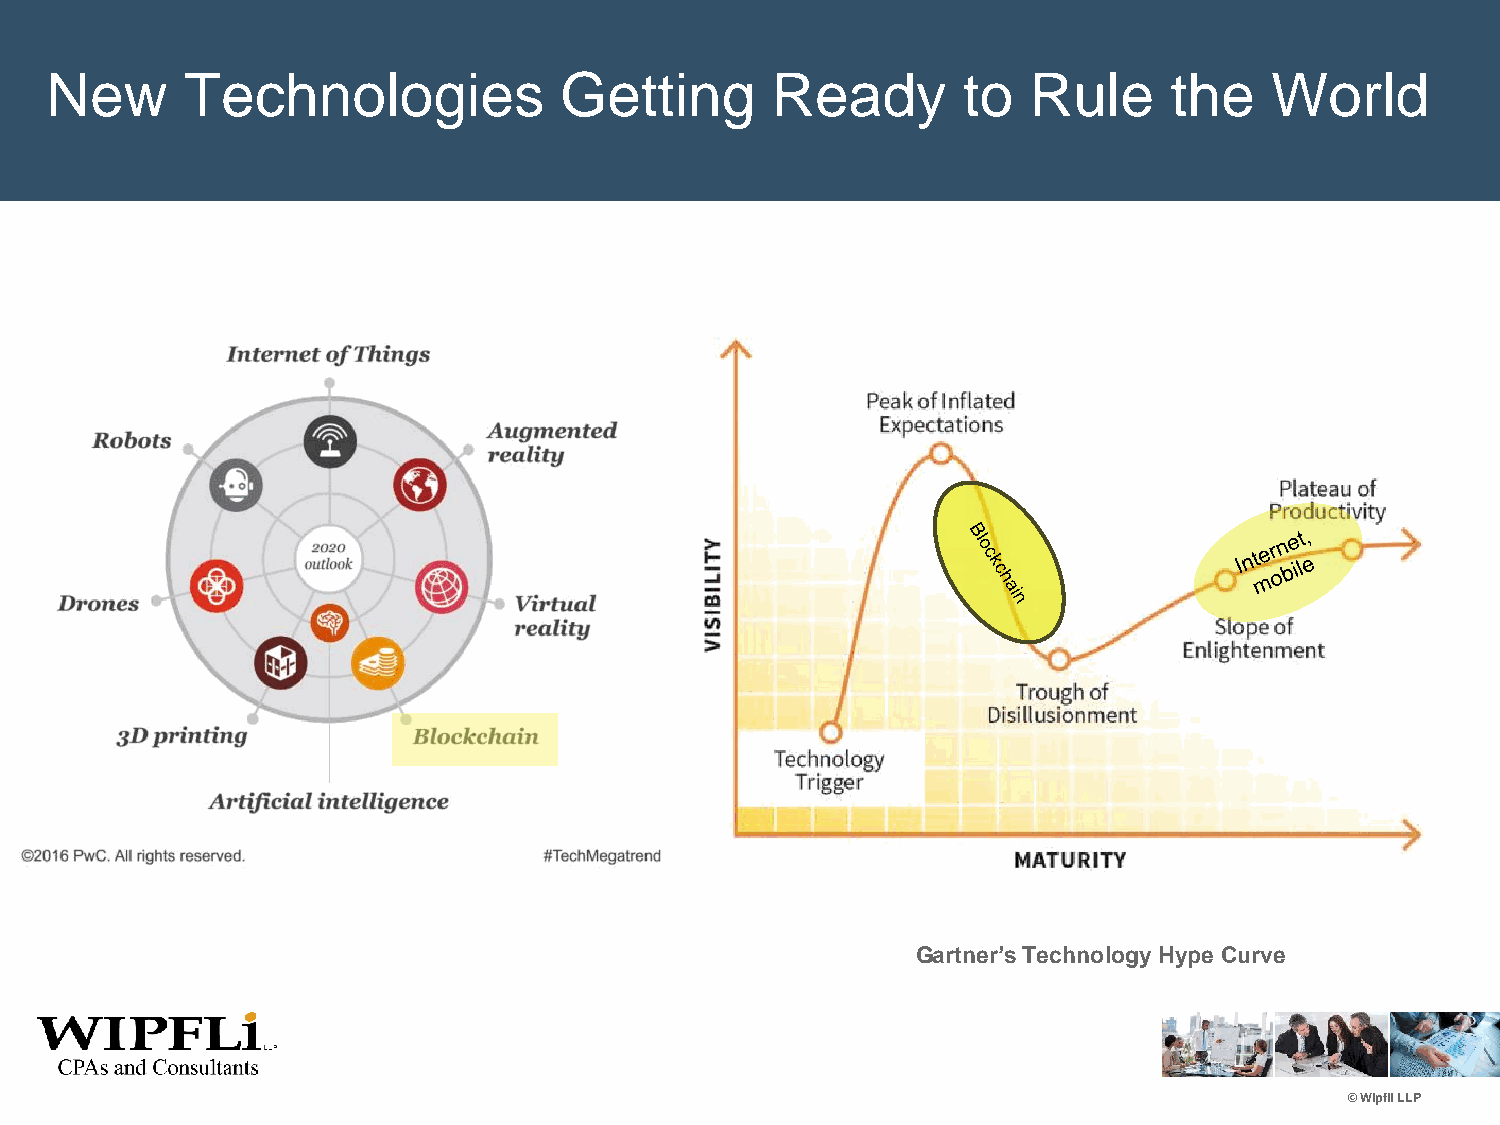
New      Technologies             Getting       Ready        to  Rule      the   World
 Gartner’s Technology Hype Curve
 © Wipfli LLP